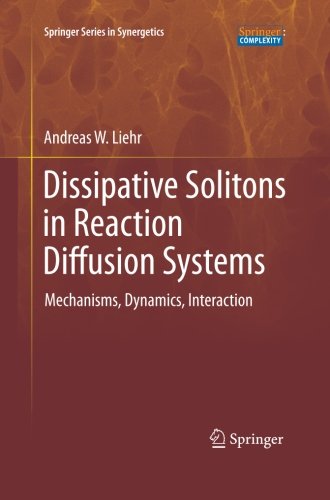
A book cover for Dissipative Solitons in Reaction Diffusion Systems: Mechanisms, Dynamics, Interaction (Springer Series in Synergetics); Andreas Liehr; Science & Math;